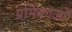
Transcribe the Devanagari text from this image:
प्रमिकाओं